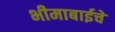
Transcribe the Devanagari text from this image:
भीमाबाईचे